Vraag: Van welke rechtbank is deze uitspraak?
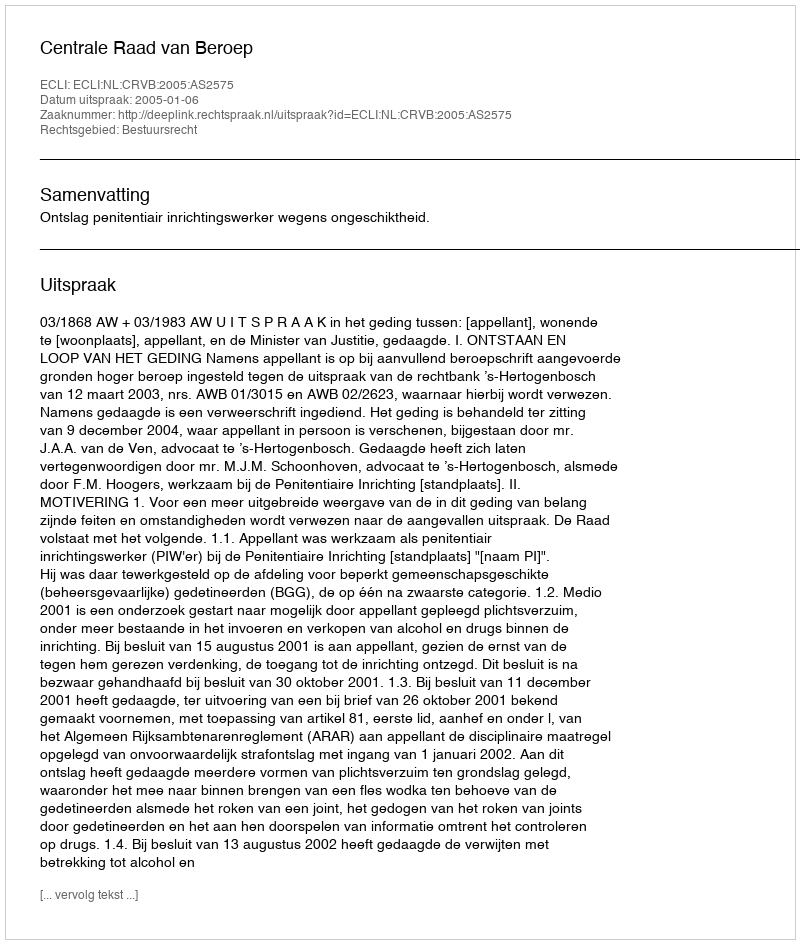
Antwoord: Centrale Raad van Beroep